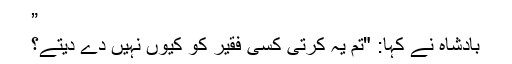
”
بادشاہ نے کہا: "تم یہ کرتی کسی فقیر کو کیوں نہیں دے دیتے؟